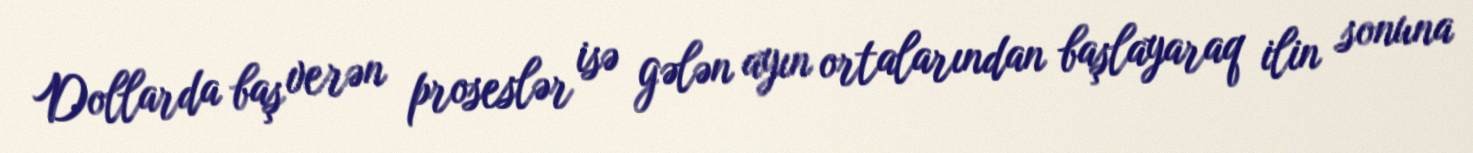
Dollarda baş verən proseslər isə gələn ayın ortalarından başlayaraq ilin sonuna